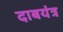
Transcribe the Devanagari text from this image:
दाबयंत्र